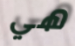
هي